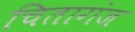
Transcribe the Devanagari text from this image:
चितागंज